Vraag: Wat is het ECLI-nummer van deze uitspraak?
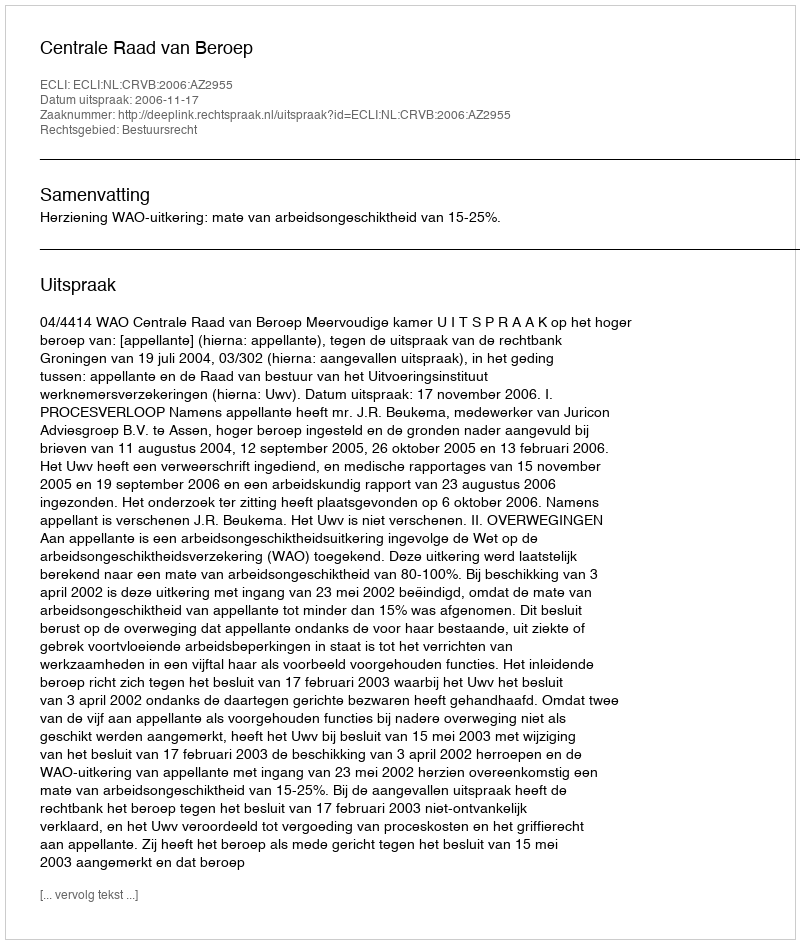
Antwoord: ECLI:NL:CRVB:2006:AZ2955